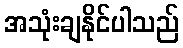
အသုံးချနိုင်ပါသည်